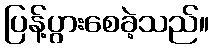
ပြန့်ပွားစေခဲ့သည်။